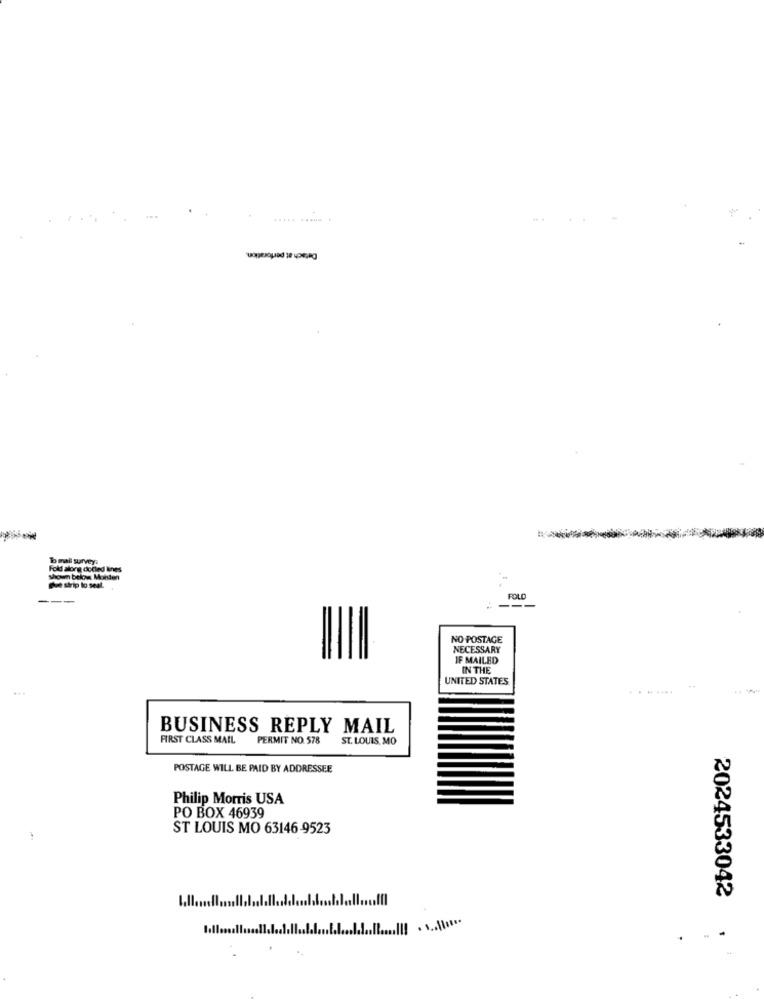
Detach at perforation.
binali survey.
Fold along dolled tines
shown below Moiden
Due strip lo seal.
FOLD
NO POSTAGE
NECESSARY
IF MAILED
IN THE
UNITED STATES
.. .. ....
BUSINESS REPLY MAIL
FIRST CLASS MAIL
PERMIT NO. 578
ST. LOUIS, MO
POSTAGE WILL BE PAID BY ADDRESSEE
Philip Morris USA
PO BOX 46939
ST LOUIS MO 63146-9523
2024533042
.